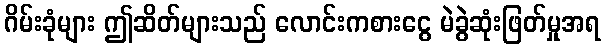
ဂိမ်းခုံများ ဤဆိတ်များသည် လောင်းကစားငွေ မဲခွဲဆုံးဖြတ်မှုအရ